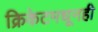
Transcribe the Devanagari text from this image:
क्रिकेटमधूनही